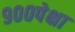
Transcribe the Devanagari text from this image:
९००पेक्षा